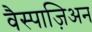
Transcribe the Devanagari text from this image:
वैस्पाज़िअन